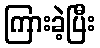
ကြားခဲ့ပြီး